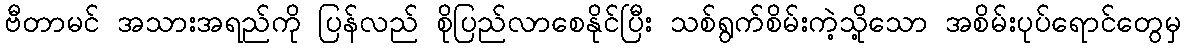
ဗီတာမင် အသားအရည်ကို ပြန်လည် စိုပြည်လာစေနိုင်ပြီး သစ်ရွက်စိမ်းကဲ့သို့သော အစိမ်းပုပ်ရောင်တွေမှ